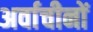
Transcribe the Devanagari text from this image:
अर्वाचीनों